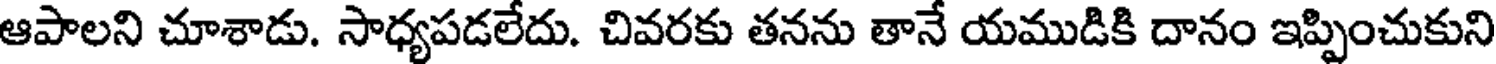
ఆపాలని చూశాడు. సాధ్యపడలేదు. చివరకు తనను తానే యముడికి దానం ఇప్పించుకుని